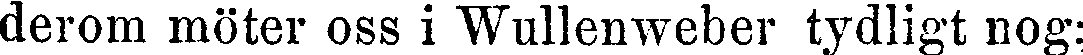
derom möter oss i Wullenweber tydligt nog: